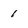
Character: 1